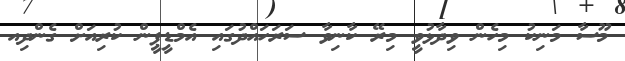
މޫސާ މަނިކު މިހެން ވިދާޅުވީ މިރޭ ކާނިވާ ސަރަހައްދުގައި އެމްޑީޕީން ކުރިއަށް ގެންދިއ